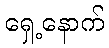
ရှေ့နောက်